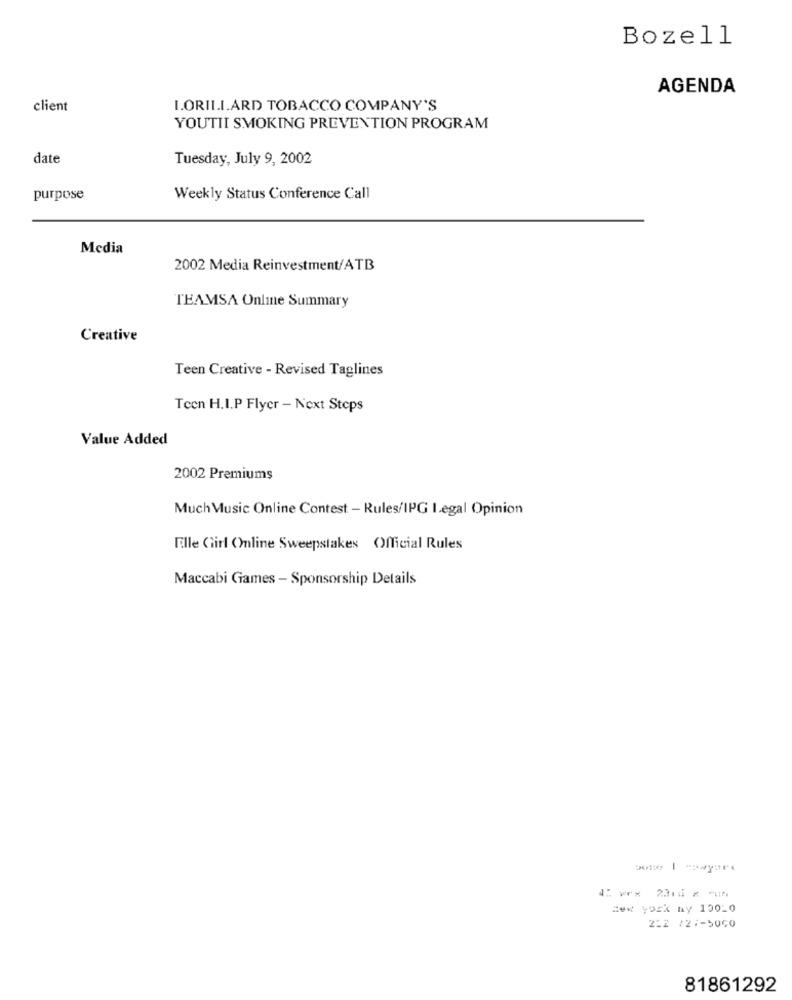
Bozell
AGENDA
client
I.ORILI.ARD TOBACCO COMPANY'S
YOUTII SMOKING PREVENTION PROGRAM
date
Tuesday, July 9, 2002
purpose
Weekly Status Conference Call
Media
2002 Media Reinvestment/ATB
TEAMSA Online Summary
Creative
Teen Creative - Revised Taglines
Teen H.I.P Flyer - Next Steps
Value Added
2002 Premiums
Much Music Online Contest - Rules/IPG I.egal Opinion
Elle Girl Online Sweepstakes Official Rules
Maccabi Games - Sponsorship Details
New york ny 10010
222 /27-5060
81861292